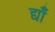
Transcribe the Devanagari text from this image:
द्याँ